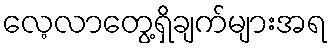
လေ့လာတွေ့ရှိချက်များအရ